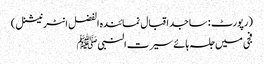
(رپورٹ : ساجد اقبال نمائندہ الفضل انٹر نیشنل )
فجی میں جلسہ ہائے سیرت النبیﷺ